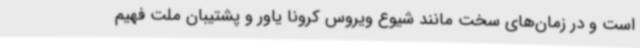
است و در زمان‌های سخت مانند شیوع ویروس کرونا یاور و پشتیبان ملت فهیم